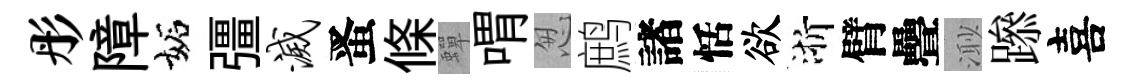
彤障妬彊灭󱉠條蟬喟怱鹧諸恬欲浙臂疊𣺌𨅶喜